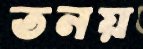
তনয়